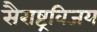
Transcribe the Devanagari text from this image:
सैराष्ट्रविजय